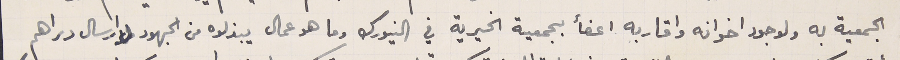
الجمعية به ولوجود اخوانه واقاربه اعضأ بجمعية الخيرية في النيورك وما هو عمال يبذلوه من الجهود لاارسال دراهم